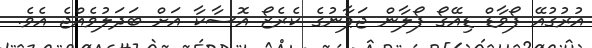
އުރުގުއޭ ފޯވާޑް ޑިއޭގޯ ފޯލާން ޖަޕާނުގެ ކެރެޒޯ އޮސާކާ އަށް ބަދަލުވެއްޖެ އެވެ.